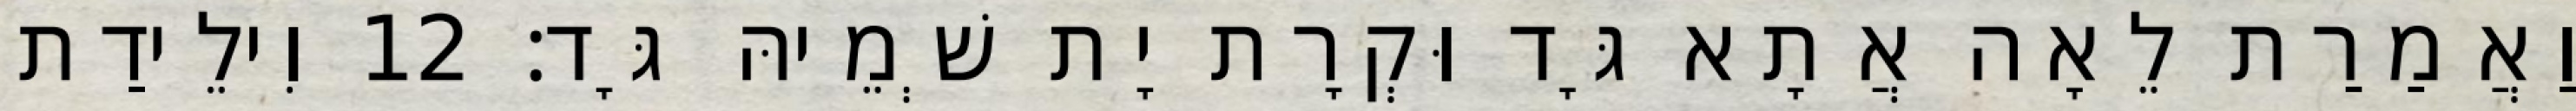
וַאֲמַרַת לֵאָה אֲתָא גָּד וּקְרָת יָת שְׁמֵיהּ גָּד׃ 12 וִילֵידַת